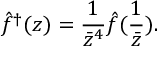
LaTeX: \hat { f } ^ { \dagger } ( z ) = { \frac { 1 } { \bar { z } ^ { 4 } } } { \hat { f } ( { \frac { 1 } { \bar { z } } } ) } .